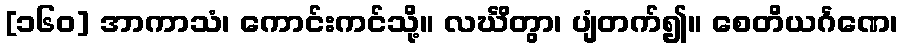
[၁၆၀] အာကာသံ၊ ကောင်းကင်သို့။ လင်္ဃိတွာ၊ ပျံတက်၍။ စေတိယင်္ဂဏေ၊